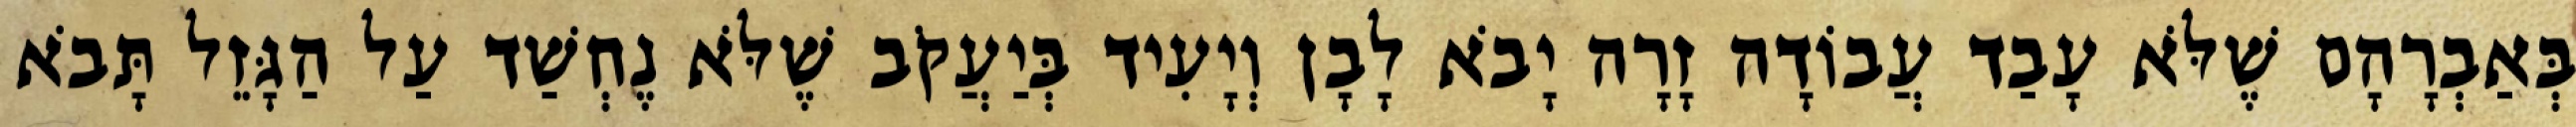
בְּאַבְרָהָם שֶׁלֹּא עָבַד עֲבוֹדָה זָרָה יָבֹא לָבָן וְיָעִיד בְּיַעֲקֹב שֶׁלֹּא נֶחְשַׁד עַל הַגָּזֵל תָּבֹא